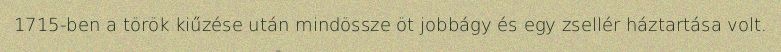
1715-ben a török kiűzése után mindössze öt jobbágy és egy zsellér háztartása volt.